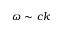
\omega \sim c k